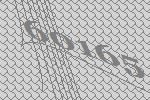
60165